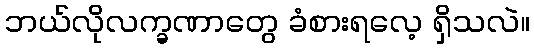
ဘယ်လိုလက္ခဏာတွေ ခံစားရလေ့ ရှိသလဲ။